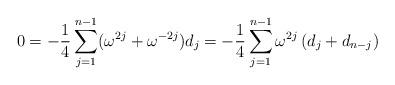
LaTeX: \begin{align*} 0=-\frac{1}{4}\sum_{j=1}^{n-1}(\omega^{2j}+\omega^{-{2j}})d_j=-\frac{1}{4}\sum_{j=1}^{n-1}\omega^{2j}\left(d_j+d_{n-j}\right)\end{align*}